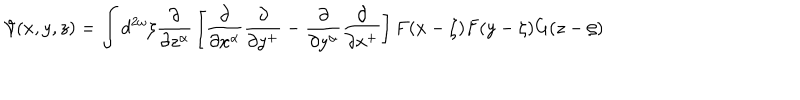
LaTeX: { \cal V } ( x , y , z ) = \int d ^ { 2 \omega } \zeta { \frac { \partial } { \partial z ^ { \alpha } } } \left[ { \frac { \partial } { \partial x ^ { \alpha } } } { \frac { \partial } { \partial y ^ { + } } } - { \frac { \partial } { \partial y ^ { \alpha } } } { \frac { \partial } { \partial x ^ { + } } } \right] F ( x - \zeta ) F ( y - \zeta ) G ( z - \zeta )